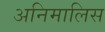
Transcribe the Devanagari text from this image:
अनिमालिस